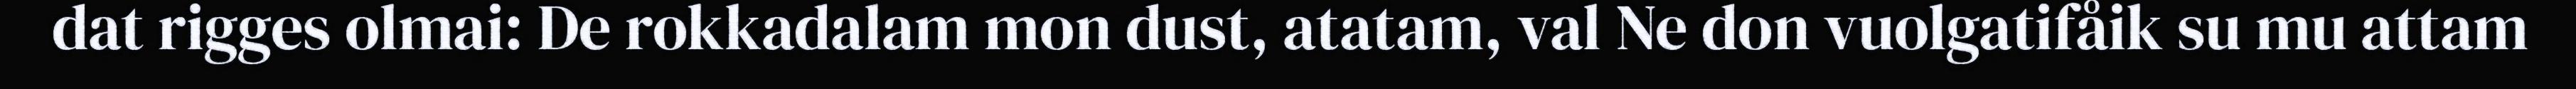
dat rigges olmai: De rokkadalam mon dust, atatam, val Ne don vuolgatifåik su mu attam